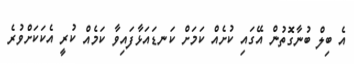
އެ ބިލް ބުނާގޮތުން އޭގައި ކުށެއް ކަމަށް ކަނޑައަޅާފައިވާ ކަމެއް ކުރީ އެކަކަށްވުރެ